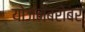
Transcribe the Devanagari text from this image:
योजनेबरोबर